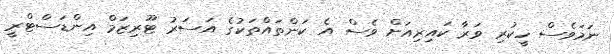
ނަމަވެސް ހީކުރި ވަރާ ކައިރިއަށް ވެސް އެ ކަންތައްތަކުގެ އަސަރު ޓޫރިޒަމް އިންޑަސްޓްރީ